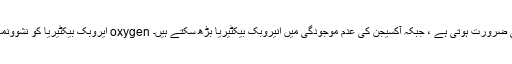
er ایروبک بیکٹیریا کو نشوونما کے ل oxygen آکسیجن کی ضرورت ہوتی ہے ، جبکہ آکسیجن کی عدم موجودگی میں انیروبک بیکٹیریا بڑھ سکتے ہیں۔